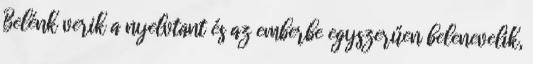
Belénk verik a nyelvtant és az emberbe egyszerűen belenevelik,